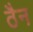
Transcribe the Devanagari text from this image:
ठैन